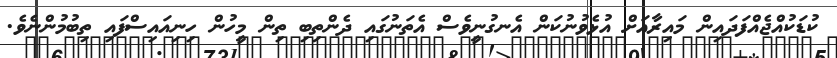
ކުޑަކުއްޖެއްފަދައިން މައިރާއަށް އުޅެވުނުކަން އެނގުނީވެސް އެތަނުގައި ދެންތިބި ތިން މީހުން ހިނިއައިސްފައި ތިބުމުންނެވެ.